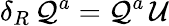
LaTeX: \delta_{R}\, \mathcal{Q}^{a}=\mathcal{Q}^{a}\, \mathcal{{U}}